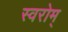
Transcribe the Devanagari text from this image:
स्वरोम्